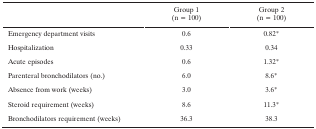
<table><thead><tr><td></td><td><b>Group 1 (n = 100)</b></td><td><b>Group 2 (n = 100)</b></td></tr></thead><tbody><tr><td>Emergency department visits</td><td>0.6</td><td>0.82*</td></tr><tr><td>Hospitalization</td><td>0.33</td><td>0.34</td></tr><tr><td>Acute episodes</td><td>0.6</td><td>1.32*</td></tr><tr><td>Parenteral bronchodilators (no.)</td><td>6.0</td><td>8.6*</td></tr><tr><td>Absence from work (weeks)</td><td>3.0</td><td>3.6*</td></tr><tr><td>Steroid requirement (weeks)</td><td>8.6</td><td>11.3*</td></tr><tr><td>Bronchodilators requirement (weeks)</td><td>36.3</td><td>38.3</td></tr></tbody></table>